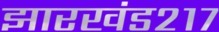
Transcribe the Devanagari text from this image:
झारखंड२१७